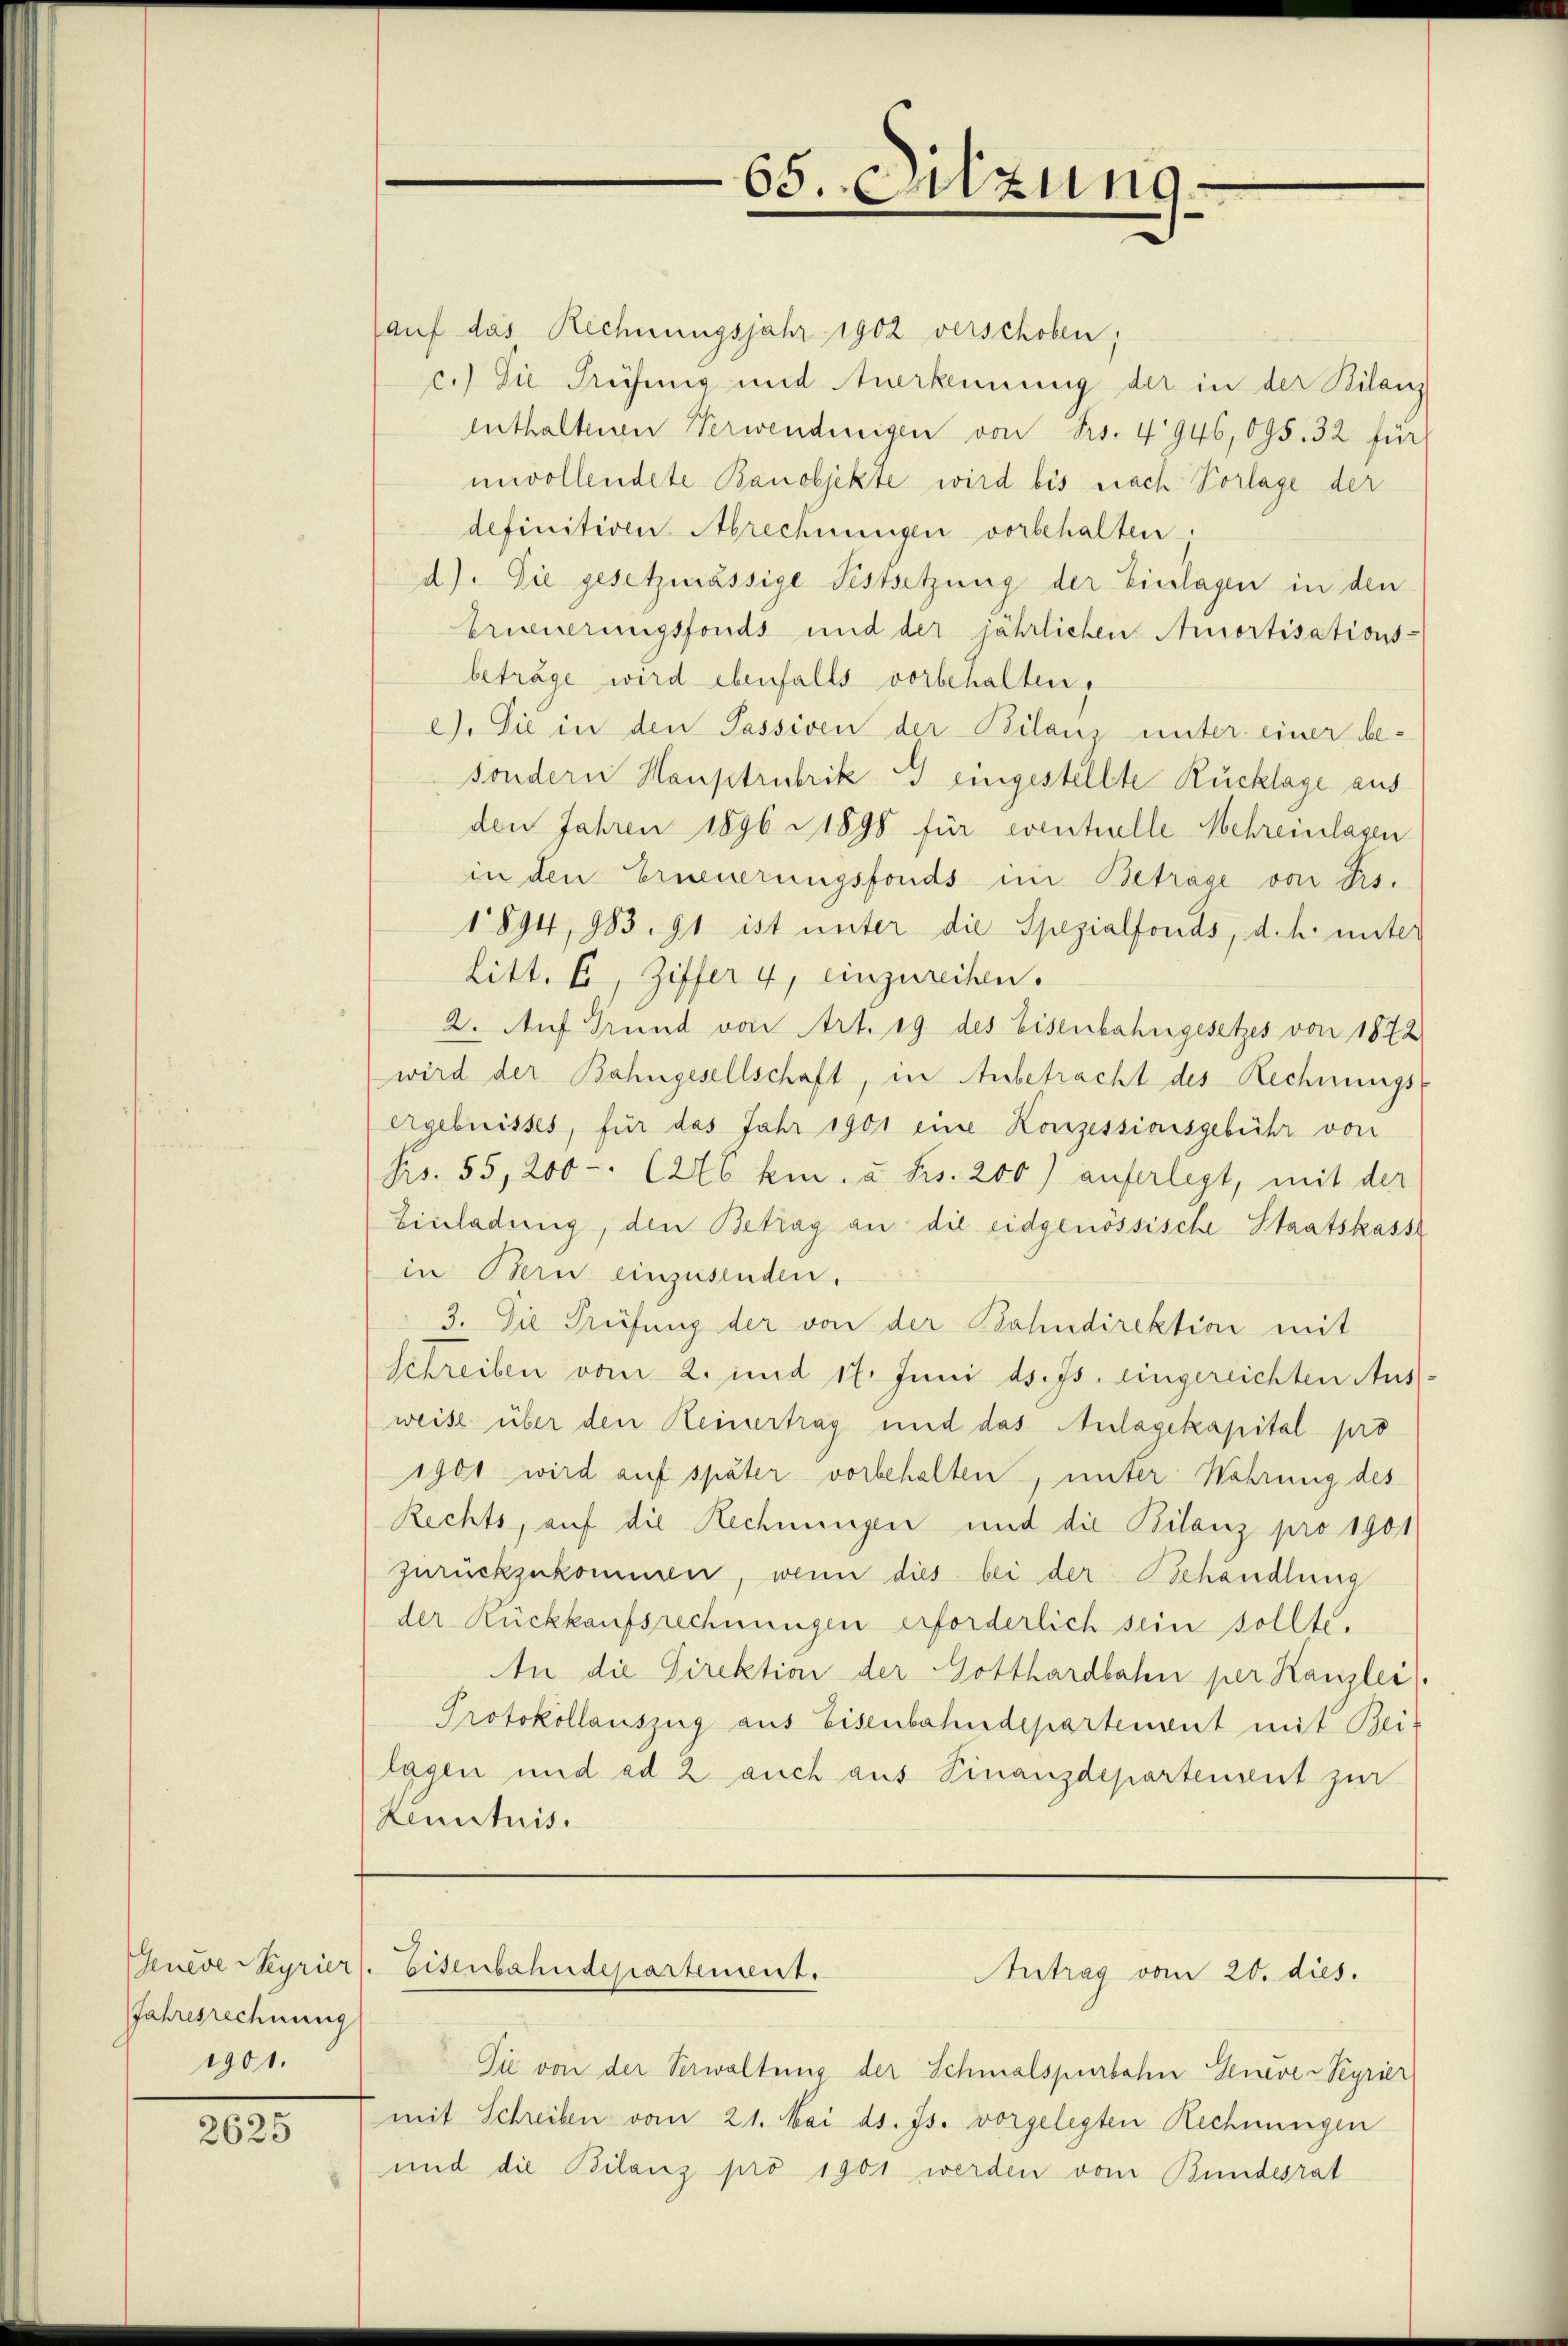
Jahresrechnung
1901.

2625

auf das Rechnungsjahr 1902 verschoben;
c.) Die Prüfung und Anerkennung der in der Bilanz
enthaltenen Verwendeigen von Frs. 4946, 095. 32 für
unvollendete Banobjekte wird bis nach Vorlage der
definitiven Abrechnungen vorbehalten.
d). Die gesetzmässige Festsetzung der Einlagen in den
Erinnerungsfonds und der jährlichen Amortisations-
beträge wird ebenfalls vorbehalten,
c). Sie in den Passiven der Bilanz unter einer be-
sondern Hauptrubrik G eingestellte Rücklage aus
den Jahren 1896 - 1890 für eventuelle Mehreinlagen
in den Erneuerungsfonds im Betrage von Frs.
1894, 983. 91 ist unter die Spezialfonds, d. h. unter
Litt. E, Ziffer 4, einzurechen.
2. Auf Grund von Art. 19 des Eisenbahngesetzes von 1872
wird der Bahngesellschaft, in Anbetracht des Rechnungs-
ergebnisses, für das Jahr 1901 eine Konzessionsgebühr von
No. 55, 200 - (246 km u Frs. 200) auferlegt, mit der
Einladung, den Betrag an die eidgenössische Staatskass
in Bern einzusenden.
3. Die Prüfung der von der Bahndirektion mit
Schreiben vom 2. und 17. Juni d. Js. eingereichten Aus
weise über den Keinertrag und das Anlagekapital pro
1901 wird auf später vorbehalten, unter Wahrung des
Rechts, auf die Rechnungen und die Bilanz pro 1901
zurückzukommen, wenn dies bei der Behandlung
der Rückkaufsrechnungen erforderlich sein sollte.
An die Direktion der Gotthardbahn per Kanzlei
Protokollauszug aus Eisenbahndepartement mit Bei-
lagen und ad 2 auch aus Finanzdepartenant zur
Kenntnis.

65. Sitzung.

Die von der Verwaltung der Schmalspurbahn Geneve-Peyrier
mit Schreiben vom 21. Mai d. Js. vorgelegten Rechnungen
und die Bilanz pro 1901 werden vom Bundesrat

Genève Steyrier. Eisenbahndepartement.
Antrag vom 20. dies.